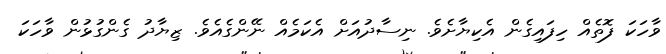
ވާހަކަ ފޮތެއް ހިފައިގެން އެކިޔާށެވެ. ނިސާދުއަށް އެކަމެއް ނޭންގެއެވެ. ޒިޔާދު ގެންގުޅުން ވާހަކަ